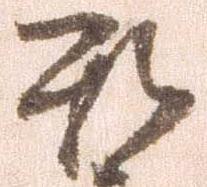
罷